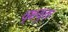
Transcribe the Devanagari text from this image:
वृक्षयुक्त